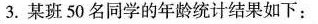
3.某班50名同学的年龄统计结果如下：